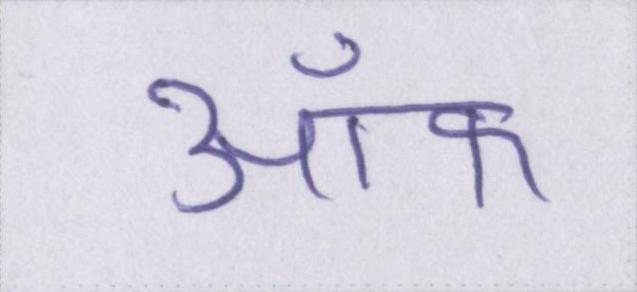
ऑफ